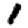
Digit: 1